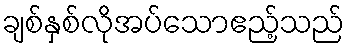
ချစ်နှစ်လိုအပ်သောဧည့်သည်